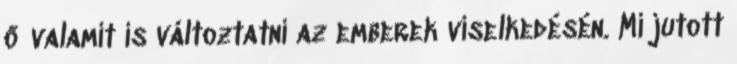
ő valamit is változtatni az emberek viselkedésén. Mi jutott